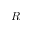
R